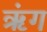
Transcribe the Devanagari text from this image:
ॠंग